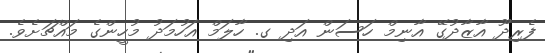
ފެރިދޫ އާޒާދުގޭ އާނިމް ހަސަން އަދި ގ. ހާލަމް އަހުމަދު މުހީންގެ މައްޗަށެވެ.